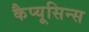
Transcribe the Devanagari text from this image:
कैप्यूसिन्स